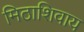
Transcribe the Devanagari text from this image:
मिठाशिवाय